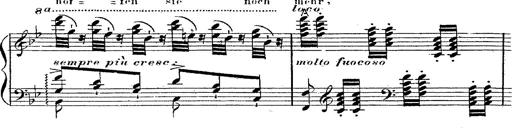
Title: 12 Lieder von Franz Schubert
Composer: Franz Liszt